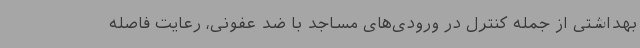
بهداشتی از جمله کنترل در ورودی‌های مساجد با ضد عفونی، رعایت فاصله